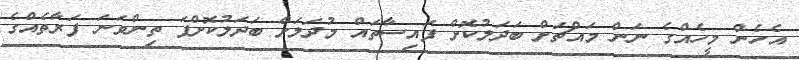
އެހެން މީހެއްގެ ނަން މައްޗަށް ބަދަލުކޮށް ފައިސާތައް މުދަލަށް ބަދަލުކޮށްފަ ތިންވަނަ ފަރާތެއްގެ